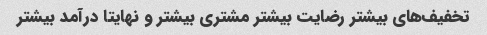
تخفیف‌های بیشتر رضایت بیشتر مشتری بیشتر و نهایتا درآمد بیشتر